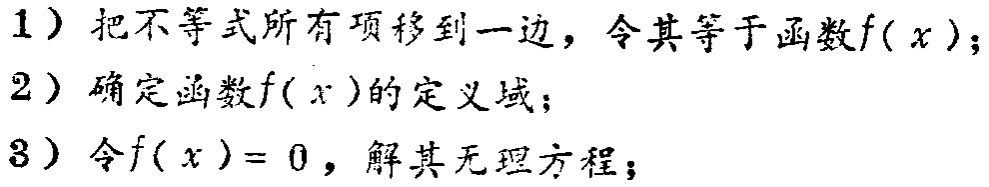
1）把不等式所有项移到一边，令其等于函数\(f(x)\)；

2）确定函数\(f(x)\)的定义域；

3）令\(f(x)=0\)，解其无理方程；